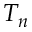
T _ { n }